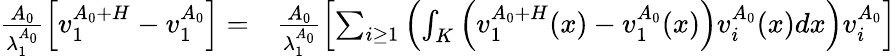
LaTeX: \begin{array}{rl}{\frac{A_{0}}{\lambda_{1}^{A_{0}}}\left[v_{1}^{A_{0}+H}-v_{1}^{A_{0}}\right]=}&{\frac{A_{0}}{\lambda_{1}^{A_{0}}}\left[\sum_{i\ge 1}\left(\int_{K}\left(v_{1}^{A_{0}+H}(x)-v_{1}^{A_{0}}(x)\right)v_{i}^{A_{0}}(x)dx\right)v_{i}^{A_{0}}\right]}\end{array}